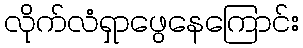
လိုက်လံရှာဖွေနေကြောင်း